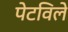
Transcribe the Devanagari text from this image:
पेटविले